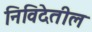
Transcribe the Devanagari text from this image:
निविदेतील